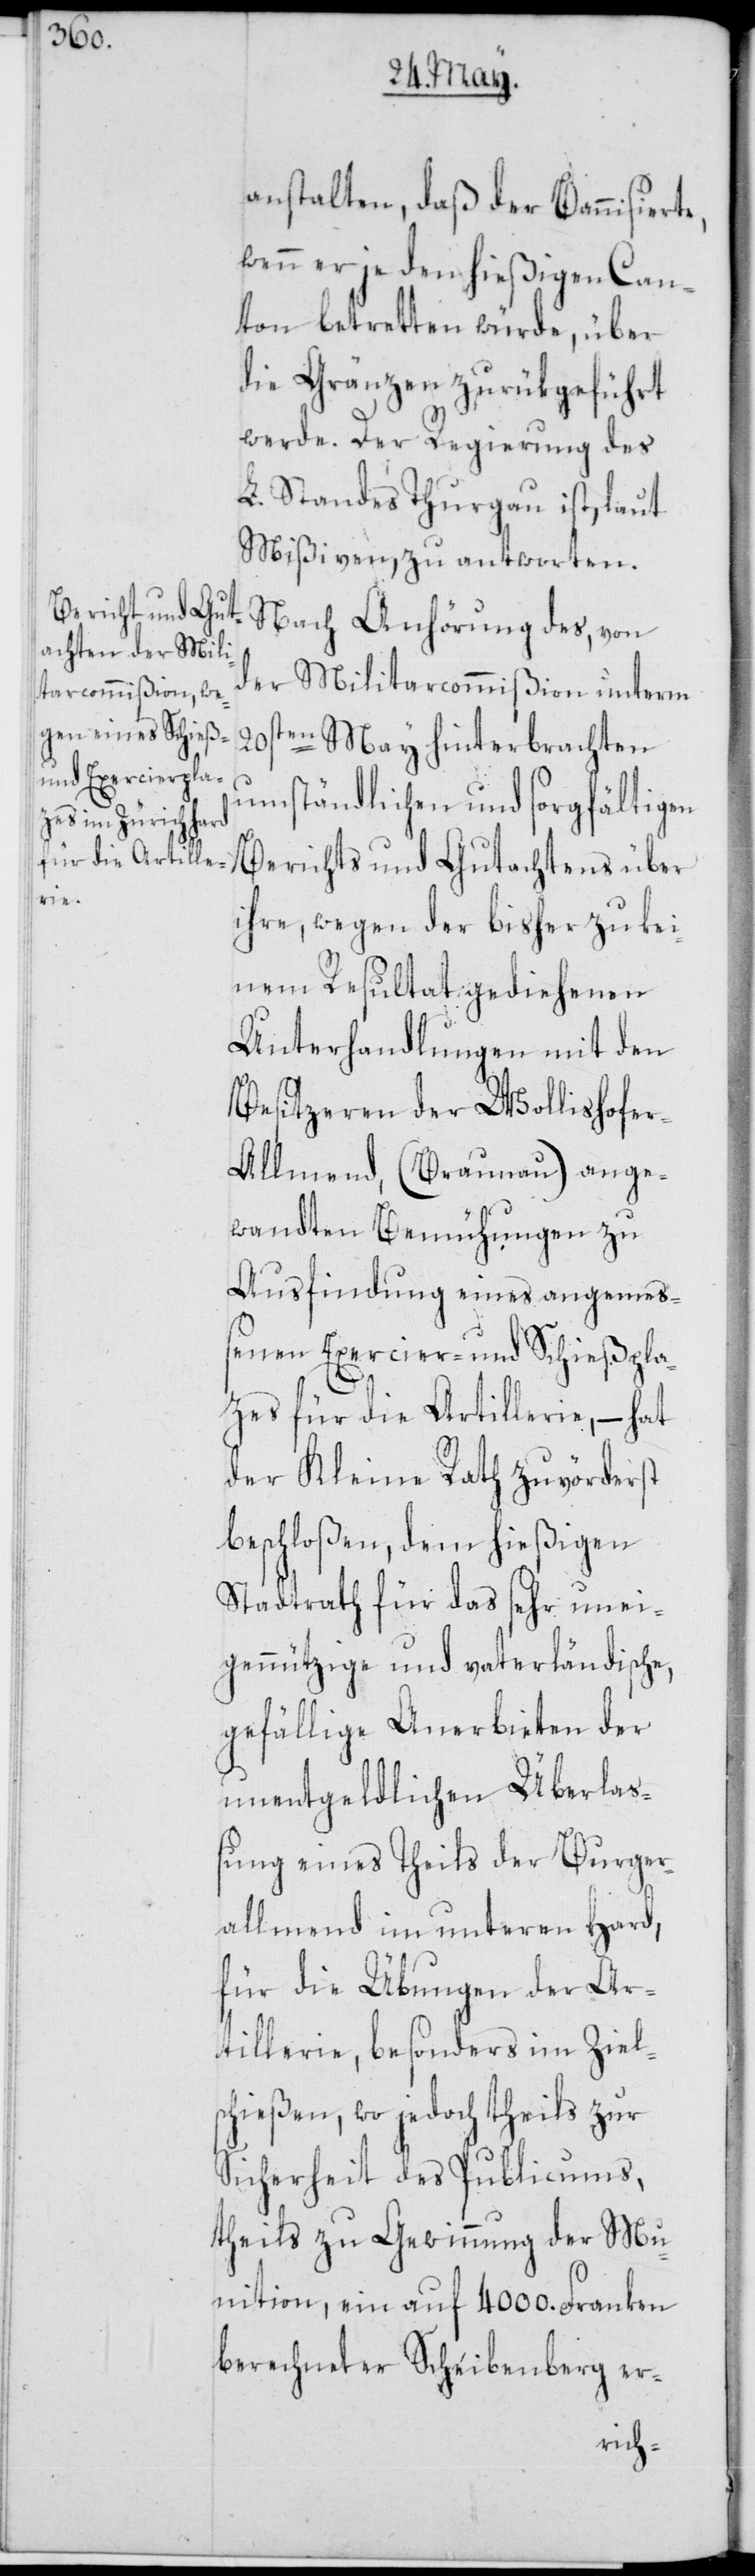
anstalten, daß der Bannisierte,
wenn er je den hießigen Can¬
ton betretten würde, über
die Gränzen zurükgeführt
werde. Der Regierung des
L. Standes Thurgau ist, laut
Mißiven, zu antworten.
Nach Anhörung des, von
der Militarcommißion unterm
20sten May hinterbrachten
umständlichen und sorgfältigen
Berichts und Gutachtens über
ihre, wegen der bisher zu kei¬
nem Resultat gediehenen
Unterhandlungen mit den
Besitzeren der Wollishofe¬
r-Allmend (Braunau) ange¬
wandten Bemühungen zu
Ausfindung eines angemeß¬
enen Exercier- und Schießpla¬
tzes für die Artillerie, – hat
der Kleine Rath zuvörderst
beschloßen, dem hießigen
Stadtrath für das sehr unei¬
gennützige und vaterländische,
gefällige Anerbieten der
unentgeldlichen Überla¬
ßung eines Theils der Burger¬
allmend im unteren Hard,
für die Übungen der Ar¬
tillerie, besonders im Ziel¬
schießen, wo jedoch theils zur
Sicherheit des Publicums,
theils zur Gewinnung der Mu¬
nition, ein auf 4000. Franken
berechneter Scheibenberg er-